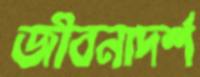
জীবনাদর্শ